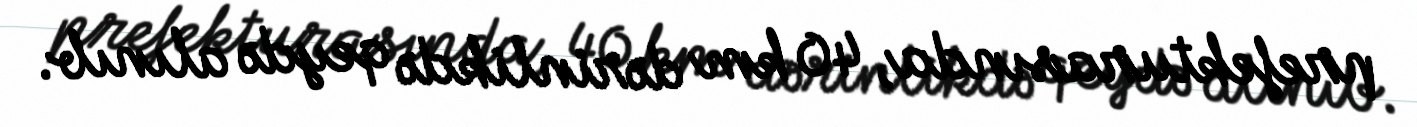
prefekturasında, 40 km dərinlikdə qeydə alınıb.